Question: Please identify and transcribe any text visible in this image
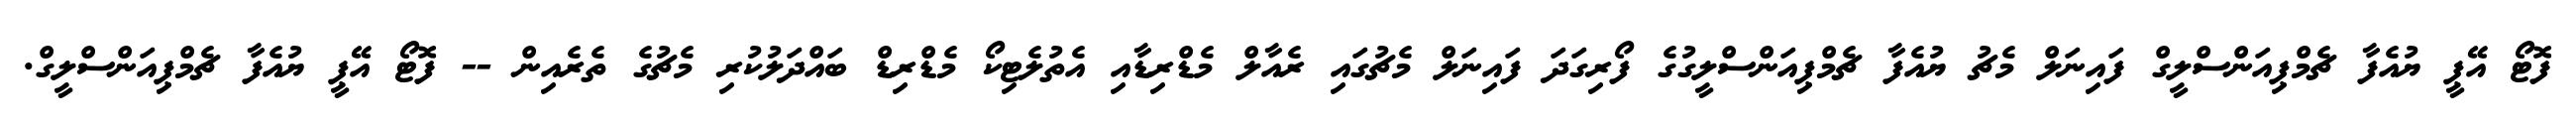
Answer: ފޮޓޯ އޭޕީ ޔުއެފާ ޗެމްޕިއަންސްލީގް ފައިނަލް މެޗު ޔުއެފާ ޗެމްޕިއަންސްލީގުގެ ފޯރިގަދަ ފައިނަލް މެޗުގައި ރެއާލް މެޑްރިޑާއި އެތުލެޓިކޯ މެޑްރިޑް ބައްދަލުކުރި މެޗުގެ ތެރެއިން -- ފޮޓޯ އޭޕީ ޔުއެފާ ޗެމްޕިއަންސްލީގް.